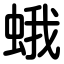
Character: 蛾